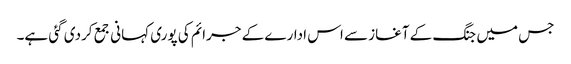
جس میں جنگ کے آغاز سے اس ادارے کے جرائم کی پوری کہانی جمع کردی گئی ہے۔